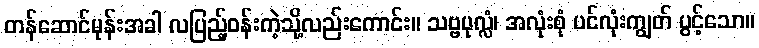
တန်ဆောင်မုန်းအခါ လပြည့်ဝန်းကဲ့သို့လည်းကောင်း။ သဗ္ဗပုလ္လံ၊ အလုံးစုံ ပင်လုံးကျွတ် ပွင့်သော။